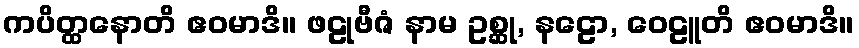
ကပိတ္ထနောတိ ဧဝမာဒိ။ ဖဠုဗီဇံ နာမ ဥစ္ဆု, နဠော, ဝေဠူတိ ဧဝမာဒိ။